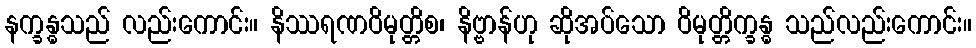
နက္ခန္ဓသည် လည်းကောင်း။ နိဿရဏဝိမုတ္တိစ၊ နိဗ္ဗာန်ဟု ဆိုအပ်သော ဝိမုတ္တိက္ခန္ဓ သည်လည်းကောင်း။